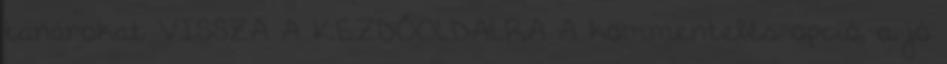
tanárokat VISSZA A KEZDŐOLDALRA A kommentelés opció, a jó